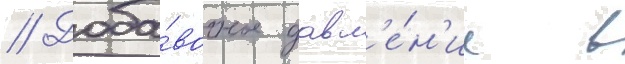
// Доба́вочное давл'е́н'ие в